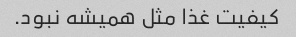
کیفیت غذا مثل همیشه نبود.